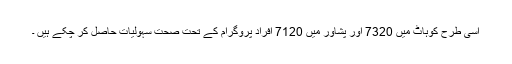
اسی طرح کوہاٹ میں 7320 اور پشاور میں 7120 افراد پروگرام کے تحت صحت سہولیات حاصل کر چکے ہیں ۔